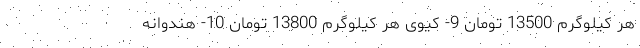
هر کیلوگرم 13500 تومان 9- کیوی هر کیلوگرم 13800 تومان 10- هندوانه